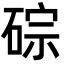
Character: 碂